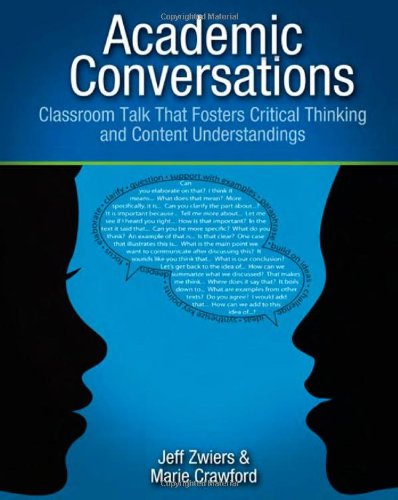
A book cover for Academic Conversations: Classroom Talk that Fosters Critical Thinking and Content Understandings; Jeff Zwiers; Education & Teaching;